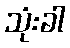
သုံးခါ